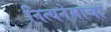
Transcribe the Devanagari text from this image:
नित्यनेमाचा